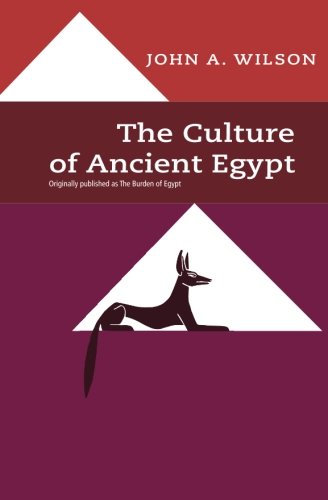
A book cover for The Culture of Ancient Egypt; John A. Wilson; Travel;